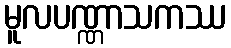
မူလပဏ္ဏာသကဿ